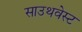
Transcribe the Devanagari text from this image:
साउथवेस्‍ट